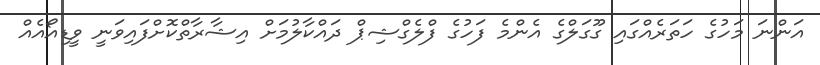
އަންނަ މަހުގެ ހަތަރެއްގައި ގޫގަލްގެ އެންމެ ފަހުގެ ފްލެގްޝިޕް ދައްކާލުމަށް އިޝާރާތްކޮށްފައިވަނީ ވީޑިއޯއެއް